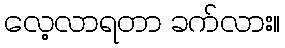
လေ့လာရတာ ခက်လား။